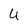
Character: U